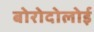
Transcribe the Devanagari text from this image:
बोरोदोलोई